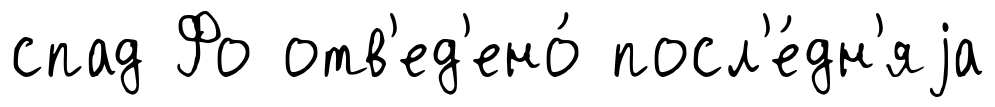
спад Фо отв'ед'ено́ посл'е́дн'яjа